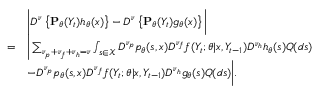
\begin{array} { r l } & { \bigg \vert D ^ { \nu } \left\{ { \bf P } _ { \theta } ( Y _ { t } ) h _ { \theta } ( x ) \right\} - D ^ { \nu } \left\{ { \bf P } _ { \theta } ( Y _ { t } ) g _ { \theta } ( x ) \right\} \bigg \vert } \\ { = } & { \bigg \vert \sum _ { \nu _ { p } + \nu _ { f } + \nu _ { h } = \nu } \int _ { s \in \mathcal { X } } D ^ { \nu _ { p } } p _ { \theta } ( s , x ) D ^ { \nu _ { f } } f ( Y _ { t } ; \theta | x , Y _ { t - 1 } ) D ^ { \nu _ { h } } h _ { \theta } ( s ) Q ( d s ) } \\ & { - D ^ { \nu _ { p } } p _ { \theta } ( s , x ) D ^ { \nu _ { f } } f ( Y _ { t } ; \theta | x , Y _ { t - 1 } ) D ^ { \nu _ { h } } g _ { \theta } ( s ) Q ( d s ) \bigg \vert . } \end{array}